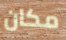
مكان